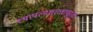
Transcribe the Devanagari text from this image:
स्थापत्यशास्त्रापुरता